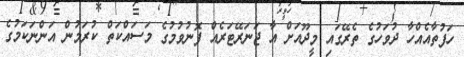
ހަފުތާއެއްހާ ދުވަހުގެ ތެރޭގައި މީދޫއަށް އާ ޖަނަރޭޓަރެއް ފޮނުވުމުގެ މަސައްކަތް ކުރަމުން އަންނަކަމުގެ